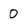
Character: 0